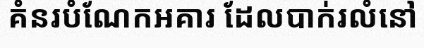
គំនរបំណែកអគារ ដែលបាក់រលំនៅ